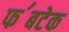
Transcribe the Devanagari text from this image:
फ॔बटेक